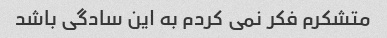
متشکرم فکر نمی کردم به این سادگی باشد